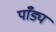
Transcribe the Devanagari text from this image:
पाँड्य